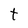
Character: t